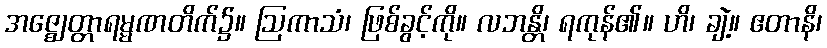
အဇ္ဈေတ္တာရမ္မဏတိက်၌။ ဩကာသံ၊ ဖြစ်ခွင့်ကို။ လဘန္တိ၊ ရကုန်၏။ ဟိ၊ ချဲ့။ ဧတာနိ၊